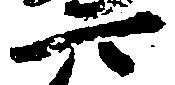
可